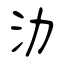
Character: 氻